Report on vaccination in Madras 1877-1894 - 1877-1894
Year: 1877
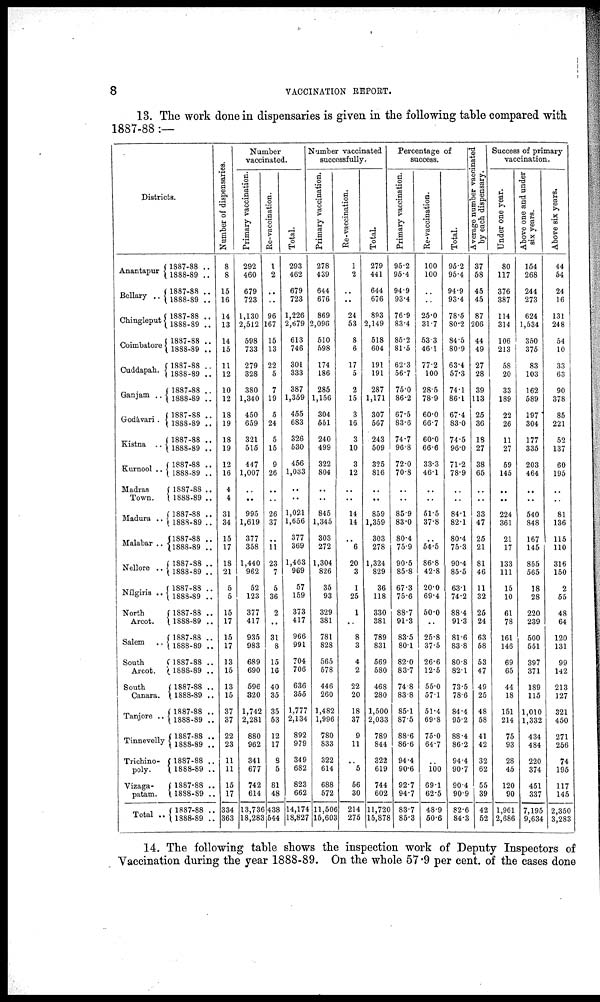
8
VACCINATION REPORT.
13. The work done in dispensaries is given in the following table compared with
1887-88:—
Districts.
Anantapur
Bellary ..
Chingleput
Coimbatore
Cuddapah.
Ganjam ..
Godávari .
Kistna ..
Kurnool ..
Madras
Town.
Madura ..
Malabar ..
Nellore ..
Nílgiris ..
North
Arcot.
Salem ..
South
Arcot.
South
Canara.
Tanjore ..
Tinnevelly
Trichino¬
poly.
Vizaga¬
patam.
Total ..
1887-88 ..
1888-89 ..
1887-88 ..
1888-89 ..
1887-88 ..
1888-89 ..
1887-88 ..
1888-89 ..
1887-88 ..
1888-89 ..
1887-88 ..
1888-89 ..
1887-88 ..
1888-89 ..
1887-88 ..
1888-89 ..
1887-88 ..
1888-89 ..
1887-88 ..
1888-89 ..
1887-88 ..
1888-89 ..
1887-88 ..
1888-89 ..
1887-88 ..
1888-89 ..
1887-88 ..
1888-89 ..
1887-88 ..
1888-89 ..
1887-88 ..
1888-89 ..
1887-88 ..
1888-89 ..
1887-88 ..
1888-89 ..
1887-88 ..
1888-89 ..
1887-88 ..
1888-89 ..
1887-88 ..
1888-89 ..
1887-88 ..
1888-89 ..
1887-88 ..
1888-89 ..
Number of dispensaries.
8
8
15
16
14
13
14
15
11
12
10
12
18
19
18
19
12
16
4
4
31
34
15
17
18
21
5
5
15
17
15
17
13
15
13
15
37
37
22
23
11
11
15
17
334
363
Number
vaccinated.
Primary vaccination.
292
460
679
723
1,130
2,512
598
733
279
328
380
1,340
450
659
321
515
447
1,007
..
..
995
1,619
377
358
1,440
962
52
123
377
417
935
983
689
690
596
320
1,742
2,281
880
962
341
677
742
614
13,736
18,283
Re-vaccination.
1
2
..
..
96
167
15
13
22
5
7
19
5
24
5
15
9
26
..
..
26
37
..
11
23
7
5
36
2
..
31
8
15
16
40
35
35
53
12
17
8
5
81
48
438
544
Total.
293
462
679
723
1,226
2,679
613
746
301
333
387
1,359
455
683
326
530
456
1,033
..
..
1,021
1,656
377
369
1,463
969
57
159
373
417
966
991
704
706
636
355
1,777
2,134
892
979
349
682
823
662
14,174
18,827
Number vaccinated
successfully.
Primary vaccination.
278
439
644
676
869
2,096
510
598
174
186
285
1,156
304
551
240
499
322
804
..
..
845
1,345
303
272
1,304
826
35
93
329
381
781
828
565
578
446
260
1,482
1,996
780
833
322
614
688
572
11,506
15,603
Re-vaccination.
1
2
..
..
24
53
8
6
17
5
2
15
3
16
3
10
3
12
..
..
14
14
..
6
20
3
1
25
1
..
8
3
4
2
22
20
18
37
9
11
..
5
56
30
214
275
Total.
279
441
644
676
893
2,149
518
604
191
191
287
1,171
307
567
243
509
325
816
..
..
859
1,359
303
278
1,324
829
36
118
330
381
789
831
569
580
468
280
1,500
2,033
789
844
322
619
744
602
11,720
15,878
Percentage of
success.
Primary vaccination.
95.2
95.4
94.9
93.4
76.9
83.4
85.2
81.5
62.3
56.7
75.0
86.2
67.5
83.6
74.7
96.8
72.0
70.8
..
..
85.9
83.0
80.4
75.9
90.5
85.8
67.3
75.6
88.7
91.3
83.5
80.1
82.0
83.7
74.8
83.8
85.1
87.5
88.6
86.6
94.4
90.6
92.7
94.7
83.7
85.3
Re-vaccination.
100
100
..
..
25.0
31.7
53.3
46.1
77.2
100
28.5
78.9
60.0
66.7
60.0
66.6
33.3
46.1
..
..
51.5
37.8
..
54.5
86.8
42.8
20.0
69.4
50.0
..
25.8
37.5
26.6
12.5
55.0
57.1
51.4
69.8
75.0
64.7
..
100
69.1
62.5
48.9
50.6
Total.
95.2
95.4
94.9
93.4
78.5
80.2
84.5
80.9
63.4
57.3
74.1
86.1
67.4
83.0
74.5
96.0
71.2
78.9
..
..
84.1
82.1
80.4
75.3
90.4
85.5
63.1
74.2
88.4
91.3
81.6
83.8
80.8
82.1
73.5
78.6
84.4
95.2
88.4
86.2
94.4
90.7
90.4
90.9
82.6
84.3
Average number vaccinated
by each dispensary.
37
58
45
45
87
206
44
49
27
28
39
113
25
36
18
27
38
65
..
..
33
47
25
21
81
46
11
32
25
24
63
58
53
47
49
25
48
58
41
42
32
62
55
39
42
52
Success of primary
vaccination.
Under one year.
80
117
376
387
114
314
106
213
58
20
33
189
22
26
11
27
59
145
..
..
224
361
21
17
133
111
15
10
61
78
161
146
69
65
44
18
151
214
75
93
28
45
120
90
1,961
2,686
Above one and under
six years.
154
268
244
273
624
1,534
350
375
83
103
162
589
197
304
177
335
203
464
..
..
540
848
167
145
855
565
18
28
220
239
500
551
397
371
189
115
1,010
1,332
434
484
220
374
451
337
7,195
9,634
Above six years.
44
54
24
16
131
248
54
10
33
63
90
378
85
221
52
137
60
195
..
..
81
136
115
110
316
150
2
55
48
64
120
131
99
142
213
127
321
450
271
256
74
195
117
145
2,350
3,283
14. The following table shows the inspection work of Deputy Inspectors of
Vaccination during the year 1888-89. On the whole 57.9 per cent. of the cases done